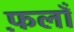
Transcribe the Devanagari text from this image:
फ़लाँ